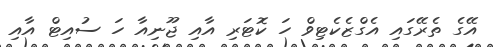
އޭގެ ތެރޭގައި އެގްޒެކެޓިވް ހަ ކޮޓަރި އާއި ޖޫނިއާ ހަ ސުއިޓް އާއި